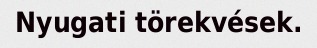
Nyugati törekvések.